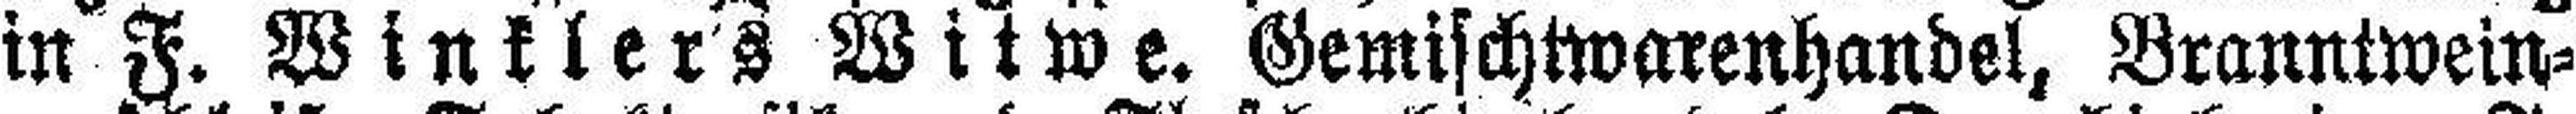
in F. Winklers Witwe. Gemischtwarenhandel, Branntwein¬